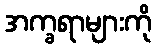
အက္ခရာများကို